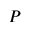
P